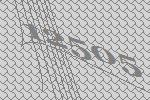
12505